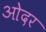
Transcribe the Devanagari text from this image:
ओदर